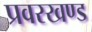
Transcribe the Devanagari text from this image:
प्रवरखण्ड